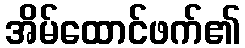
အိမ်ထောင်ဖက်၏